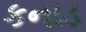
કનાડ